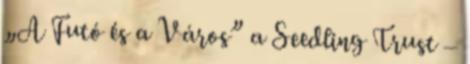
„A Futó és a Város” a Seedling Trust –